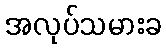
အလုပ်သမားခ